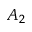
A _ { 2 }